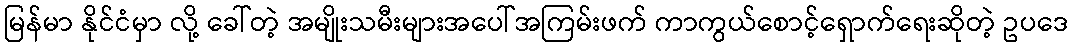
မြန်မာ နိုင်ငံမှာ လို့ ခေါ်တဲ့ အမျိုးသမီးများအပေါ်အကြမ်းဖက် ကာကွယ်စောင့်ရှောက်ရေးဆိုတဲ့ ဥပဒေ